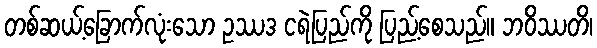
တစ်ဆယ့်ခြောက်လုံးသော ဥဿဒ ငရဲပြည်ကို ပြည့်စေသည်။ ဘဝိဿတိ၊